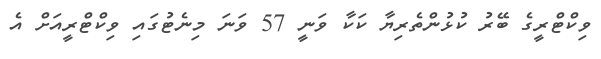
ވިކްޓްރީގެ ބޭރު ކުޅުންތެރިޔާ ކަކާ ވަނީ 57 ވަނަ މިނެޓުގައި ވިކްޓްރީއަށް އެ